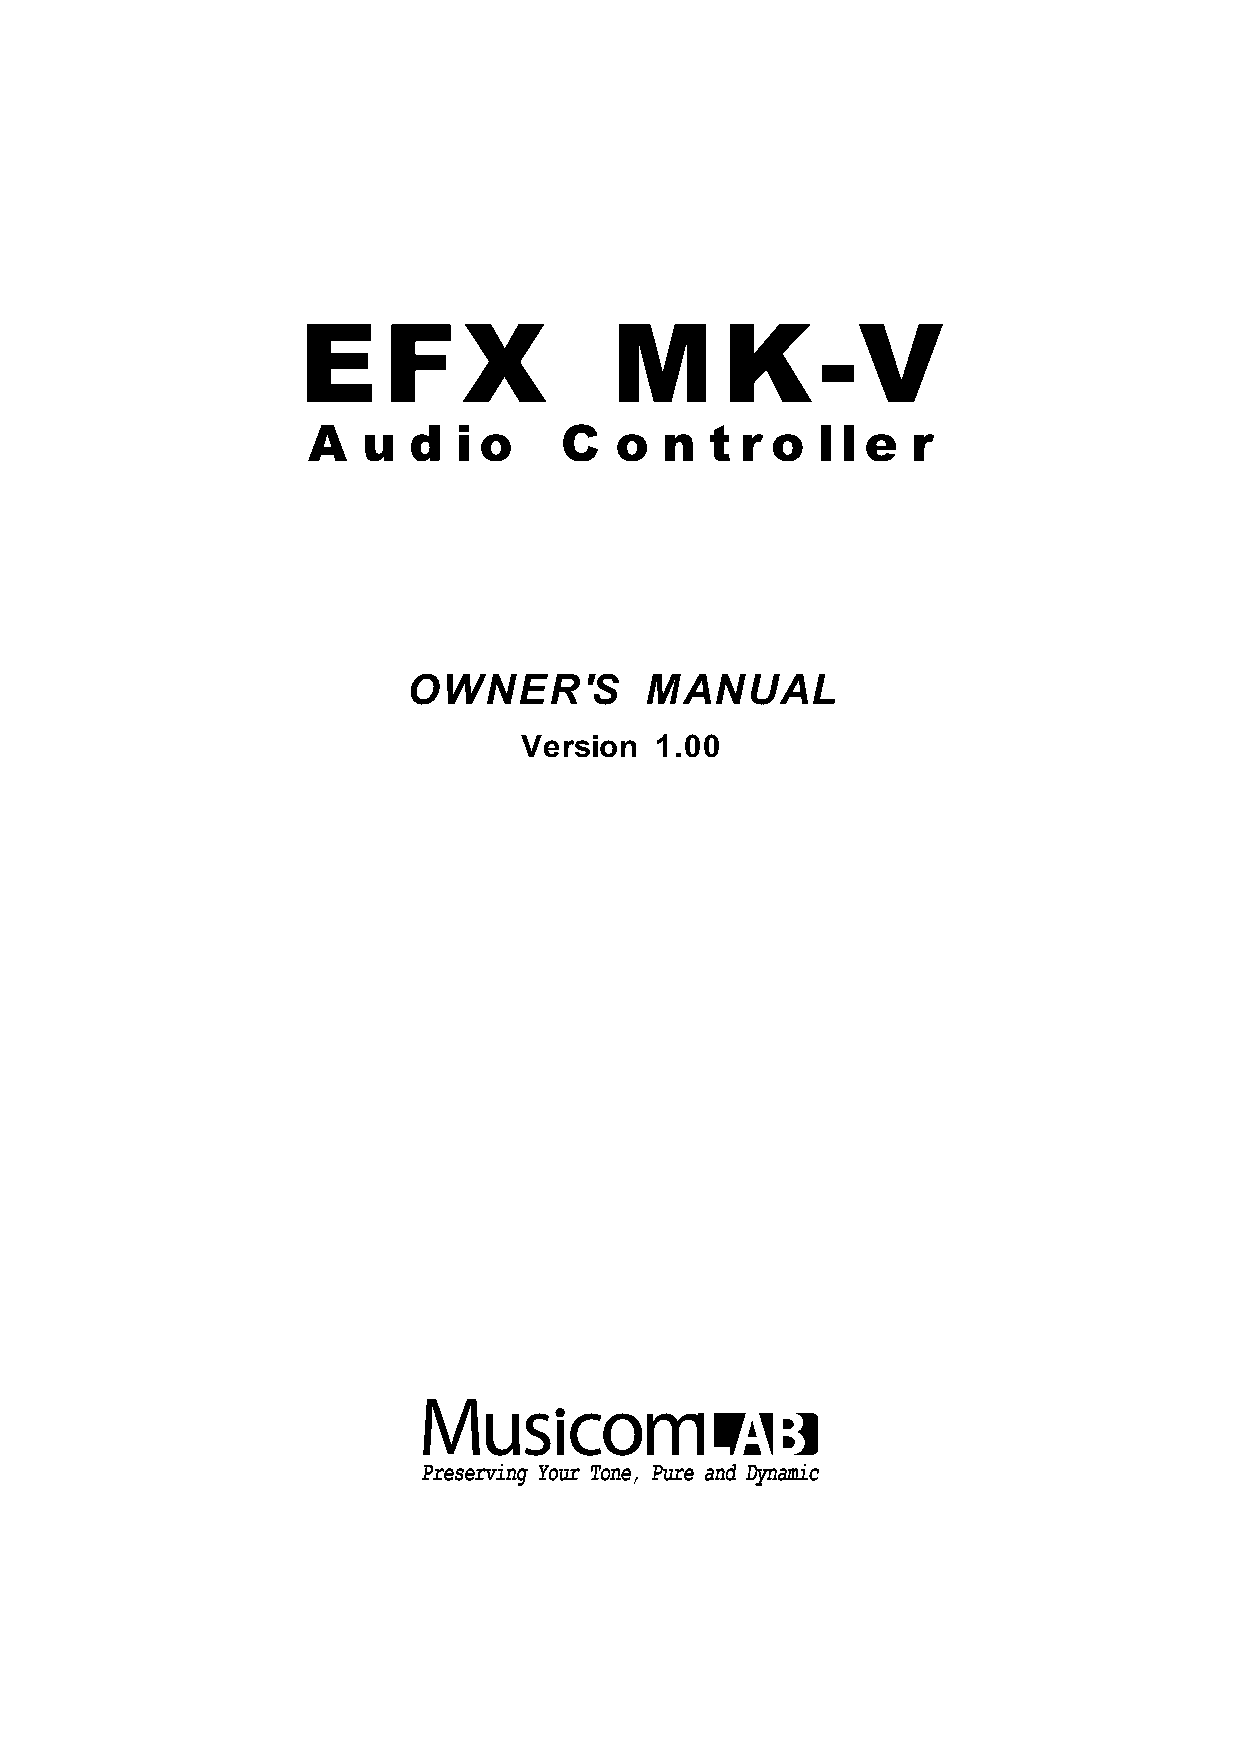
E    F     X        M       K     -V
 A   u  d  i o    C   o  n  t r o  l l e r
 OWNER'S         MANUAL
 Version  1.00